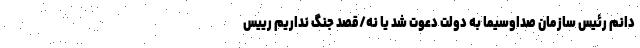
دانم رئیس سازمان صداوسیما به دولت دعوت شد یا نه/قصد جنگ نداریم رییس